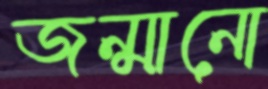
জন্মানো